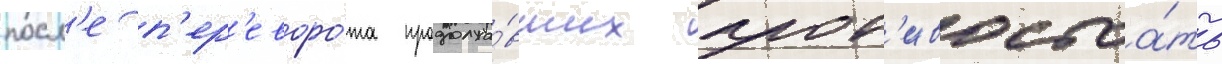
посл'е п'ер'еворо́та продолжа́вших прот'ивостоа́ть